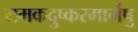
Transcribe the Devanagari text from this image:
यमकदुष्करमार्गेषु